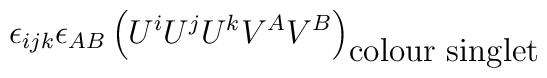
\epsilon_{ijk}\epsilon_{AB}\left( U^i U^j U^k V^A V^B\right) _{\mbox{colour singlet}}